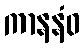
ကာနနံဝ